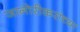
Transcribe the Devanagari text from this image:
जानोरीकरांच्या